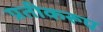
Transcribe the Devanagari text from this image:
प्रतीकरूप